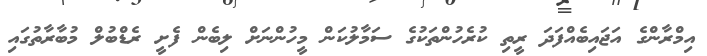
އިމްރާންގެ އަޖައިބެއްފަދަ ރީތި ކުރެހުންތަކުގެ ސަމާލުކަން މީހުންނަށް ލިބެން ފެށީ ރެޑްބުލް މުބާރާތުގައި